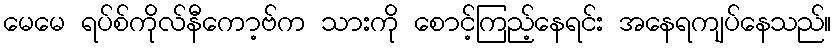
မေမေ ရပ်စ်ကိုလ်နီကော့ဗ်က သားကို စောင့်ကြည့်နေရင်း အနေရကျပ်နေသည်။